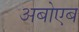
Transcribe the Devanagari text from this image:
अबोएब